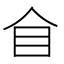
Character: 𥃦